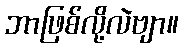
ဘာဖြစ်လို့လဲဗျာ။